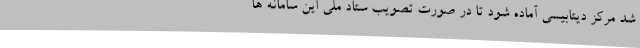
شد مرکز دیتابیسی آماده شود تا در صورت تصویب ستاد ملی این سامانه ها